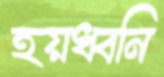
হয়ধ্বনি